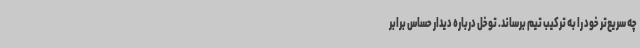
چه سریع‌تر خود را به ترکیب تیم برساند. توخل درباره دیدار حساس برابر